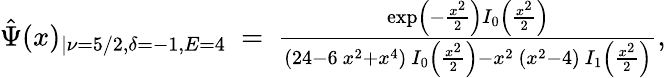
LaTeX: \begin{array}{r}{\hat{\Psi}(x)_{|\nu=5/2,\delta=-1,E=4}~=~\frac{\exp\left(-\frac{x^{2}}{2}\right)I_{0}\left(\frac{x^{2}}{2}\right)}{(24-6~x^{2}+x^{4})~I_{0}\left(\frac{x^{2}}{2}\right)-x^{2}~(x^{2}-4)~I_{1}\left(\frac{x^{2}}{2}\right)},}\end{array}